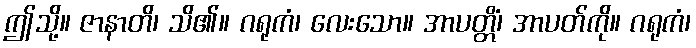
ဤသို့။ ဇာနာတိ၊ သိ၏။ ဂရုကံ၊ လေးသော။ အာပတ္တိံ၊ အာပတ်ကို။ ဂရုကံ၊